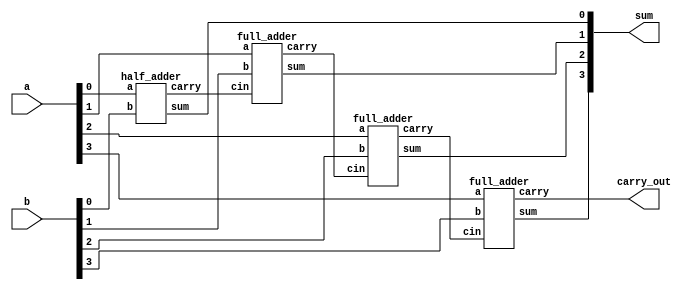
/* 4 Bit adder */
module bit4_adder(
    input [3:0] a,
    input [3:0] b,
    output [3:0] sum,
    output carry_out);

    wire [2:0] carry;

    half_adder add1(a[0], b[0], sum[0], carry[0]);
    full_adder add2(a[1], b[1], carry[0], sum[1], carry[1]);
    full_adder add3(a[2], b[2], carry[1], sum[2], carry[2]);
    full_adder add4(a[3], b[3], carry[2], sum[3], carry_out);
endmodule

/* Full Adder Declaration */
module full_adder(
    input a, 
    input b, 
    input cin, 
    output sum, 
    output carry);

    assign sum = a ^ b ^ cin;
    assign carry = (a & b) | (cin & (a ^ b));
endmodule

/* Half Adder Declaration */
module half_adder(
    input a, 
    input b, 
    output sum, 
    output carry);

    assign sum = a ^ b;
    assign carry = a & b;
endmodule